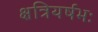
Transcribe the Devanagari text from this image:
क्षत्रियर्षभः